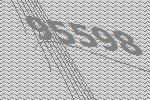
95598